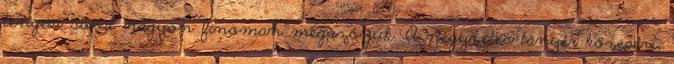
tengeri sóval nagyon finoman megszórjuk. A négyzetes tányér közepére,